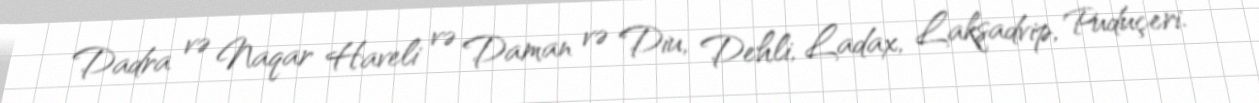
Dadra və Naqar Haveli və Daman və Diu, Dehli, Ladax, Lakşadvip, Puduçeri.